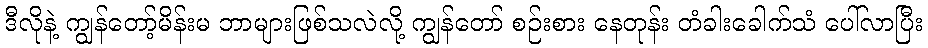
ဒီလိုနဲ့ ကျွန်တော့်မိန်းမ ဘာများဖြစ်သလဲလို့ ကျွန်တော် စဉ်းစား နေတုန်း တံခါးခေါက်သံ ပေါ်လာပြီး